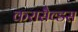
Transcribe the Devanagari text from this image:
करासैव्डस